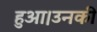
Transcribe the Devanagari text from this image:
हुआ।उनकी